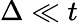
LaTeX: \Delta\ll t